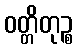
ဝတ္တိတုဉ္စ